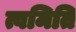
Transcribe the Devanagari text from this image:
त्वमिति